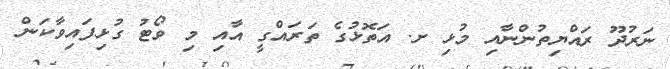
ނަރުދޫ ރައްޔިތުންނާއި މުޅި ށ. އަތޮޅުގެ ތަރައްގީ އާއި މި ވޯޓު ގުޅިފައިވާކަން